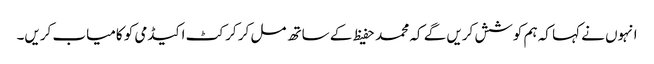
انہوں نے کہا کہ ہم کوشش کریں گے کہ محمد حفیظ کے ساتھ مل کر کرکٹ اکیڈمی کو کامیاب کریں۔